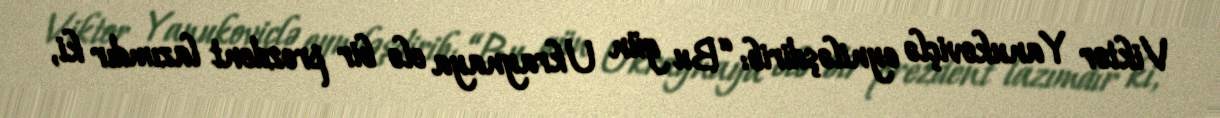
Viktor Yanukoviçlə eyniləşdirib: “Bu gün Ukraynaya elə bir prezdent lazımdır ki,